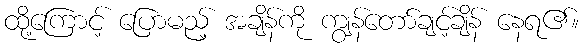
ထို့ကြောင့် ပြောမည့် အချိန်ကို ကျွန်တော်ချင့်ချိန် နေရ၏။